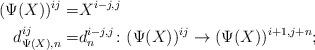
LaTeX: \begin{align*}(\Psi(X))^{ij}= & X^{i-j, j}\\d_{\Psi(X), n}^{ij}=& d_n^{i-j,j}\colon (\Psi(X))^{ij}\to (\Psi(X))^{i+1,j+n};\end{align*}